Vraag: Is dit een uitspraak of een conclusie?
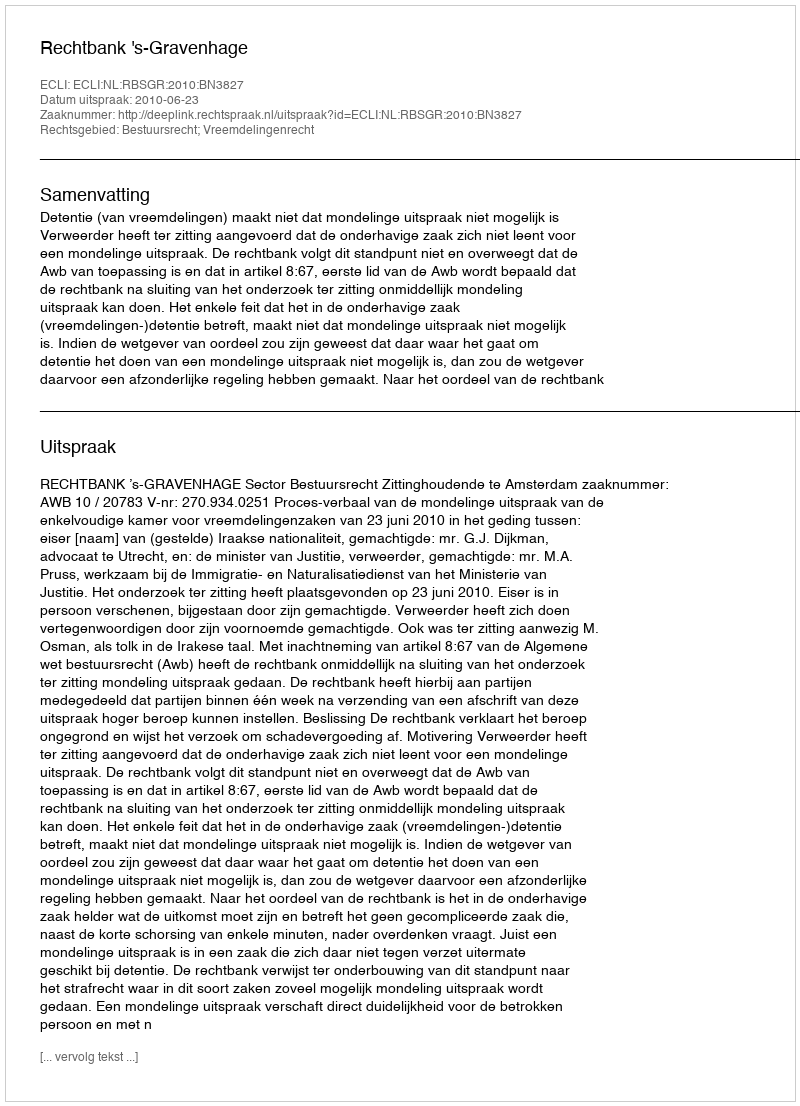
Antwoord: Uitspraak